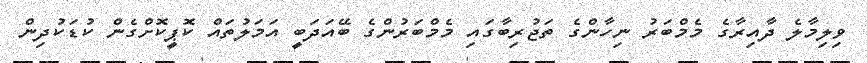
ވިލިމާލެ ދާއިރާގެ މެމްބަރު ނިހާންގެ ތަޖުރިބާގައި މެމްބަރުންގެ ބޭއަދަބީ އަމަލުތައް ކޮޕީކޮށްގެން ކުޑަކުދިން